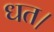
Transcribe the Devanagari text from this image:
धत।